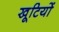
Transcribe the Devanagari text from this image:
खूटियों